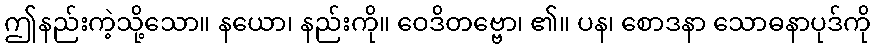
ဤနည်းကဲ့သို့သော။ နယော၊ နည်းကို။ ဝေဒိတဗ္ဗော၊ ၏။ ပန၊ စောဒနာ သောဓနာပုဒ်ကို